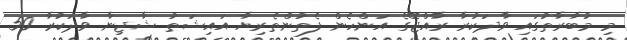
މި މުބާރާތުގައި ވާދަކުރާ ރާއްޖޭގެ އަންހެން ފެތުންތެރިޔާ އައިޝަތު ޝާޖިނާ ވާދަކުރާ 50